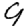
Digit: 9